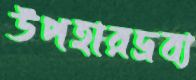
উপহারদ্রব্য